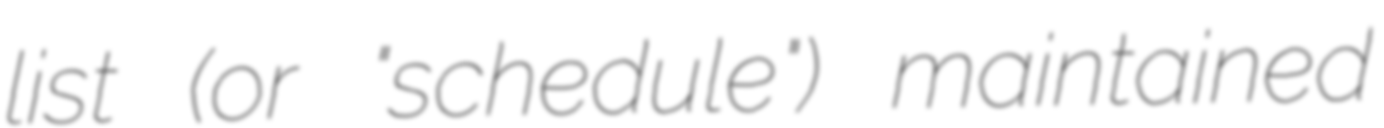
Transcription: list (or "schedule") maintained